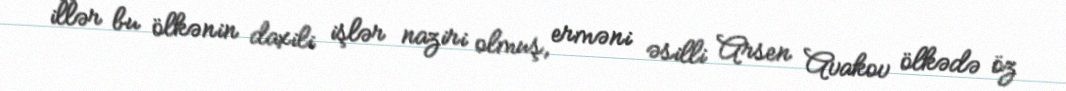
illər bu ölkənin daxili işlər naziri olmuş, erməni əsilli Arsen Avakov ölkədə öz